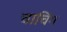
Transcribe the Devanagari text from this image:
चाचिंग